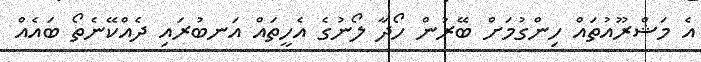
އެ މަޝްރޫއުތައް ހިންގުމަށް ބޭރުން ހޯދާ ލޯނުގެ އެހީތައް އަނބުރައި ދެއްކޭނެތޯ ބައެއް